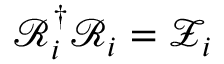
\mathcal { R } _ { i } ^ { \dagger } \mathcal { R } _ { i } = \mathcal { Z } _ { i }